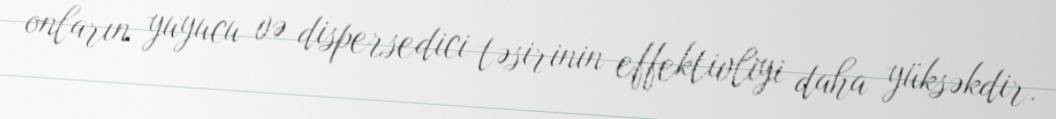
onların yuyucu və dispersedici təsirinin effektivliyi daha yüksəkdir.